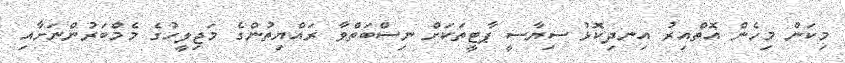
މިކަން މިހެން އޮތްއިރު އިނދިކޮޅު ސިޔާސީ ޕާޓީތަކަށް ނިސްބަތްވާ ރައްޔިތުންގެ މަޖިލީހުގެ މެމްބަރުންނަށާއި